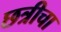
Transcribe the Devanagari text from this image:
छत्रीचा